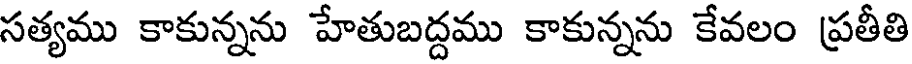
సత్యము కాకున్నను హేతుబద్దము కాకున్నను కేవలం ప్రతీతి